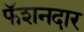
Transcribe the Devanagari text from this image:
फॅशनदार